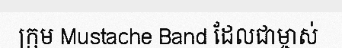
ក្រុម Mustache Band ដែលជាម្ចាស់